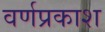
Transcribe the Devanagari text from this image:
वर्णप्रकाश